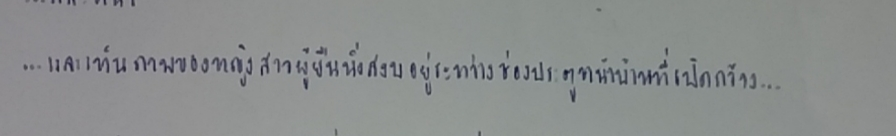
...และเห็นภาพของหญิงสาวผู้หนึ่งยืนนิ่งสงบอยู่ระหว่างช่องประตูหน้าบ้านที่เปิดกว้าง...